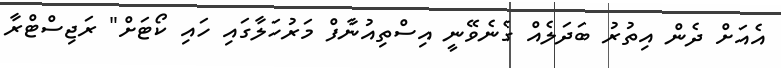
އެއަށް ދެން އިތުރު ބަދަލެއް ގެނެވޭނީ އިސްތިއުނާފް މަރުހަލާގައި ހައި ކޯޓަށް" ރަޖިސްޓްރާ